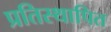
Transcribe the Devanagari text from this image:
प्रतिस्थापित